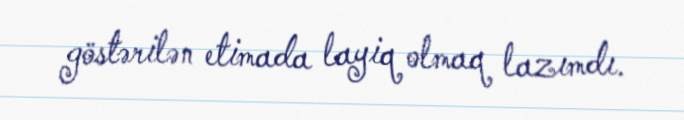
göstərilən etimada layiq olmaq lazımdı.